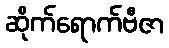
ဆိုက်ရောက်ဗီဇာ